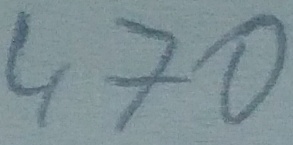
Text: 470